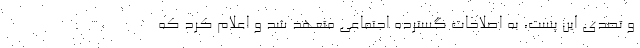
و تصدی این پست، به اصلاحات گسترده اجتماعی متعهد شد و اعلام کرد که